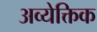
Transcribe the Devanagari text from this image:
अव्येक्तिक